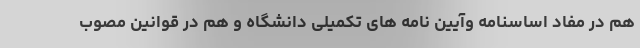
هم در مفاد اساسنامه وآیین نامه های تکمیلی دانشگاه و هم در قوانین مصوب